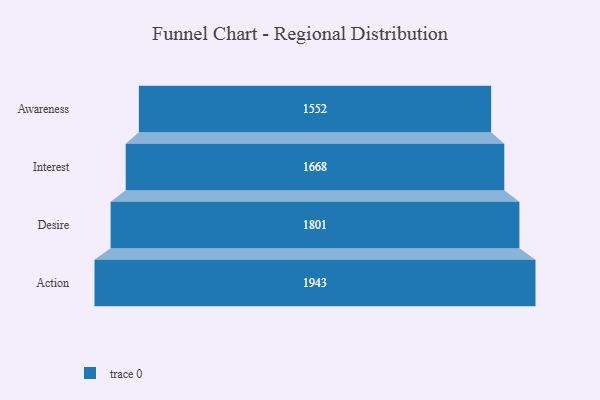
{"axis": {"x": "Stage", "y": "Value"}, "legend": [""], "data": [{"x": "Awareness", "y": 1552.0, "type": ""}, {"x": "Interest", "y": 1668.0, "type": ""}, {"x": "Desire", "y": 1801.0, "type": ""}, {"x": "Action", "y": 1943.0, "type": ""}]}